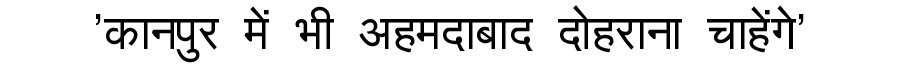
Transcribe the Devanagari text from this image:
'कानपुर में भी अहमदाबाद दोहराना चाहेंगे'